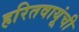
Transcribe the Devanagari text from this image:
हरितवायूंची